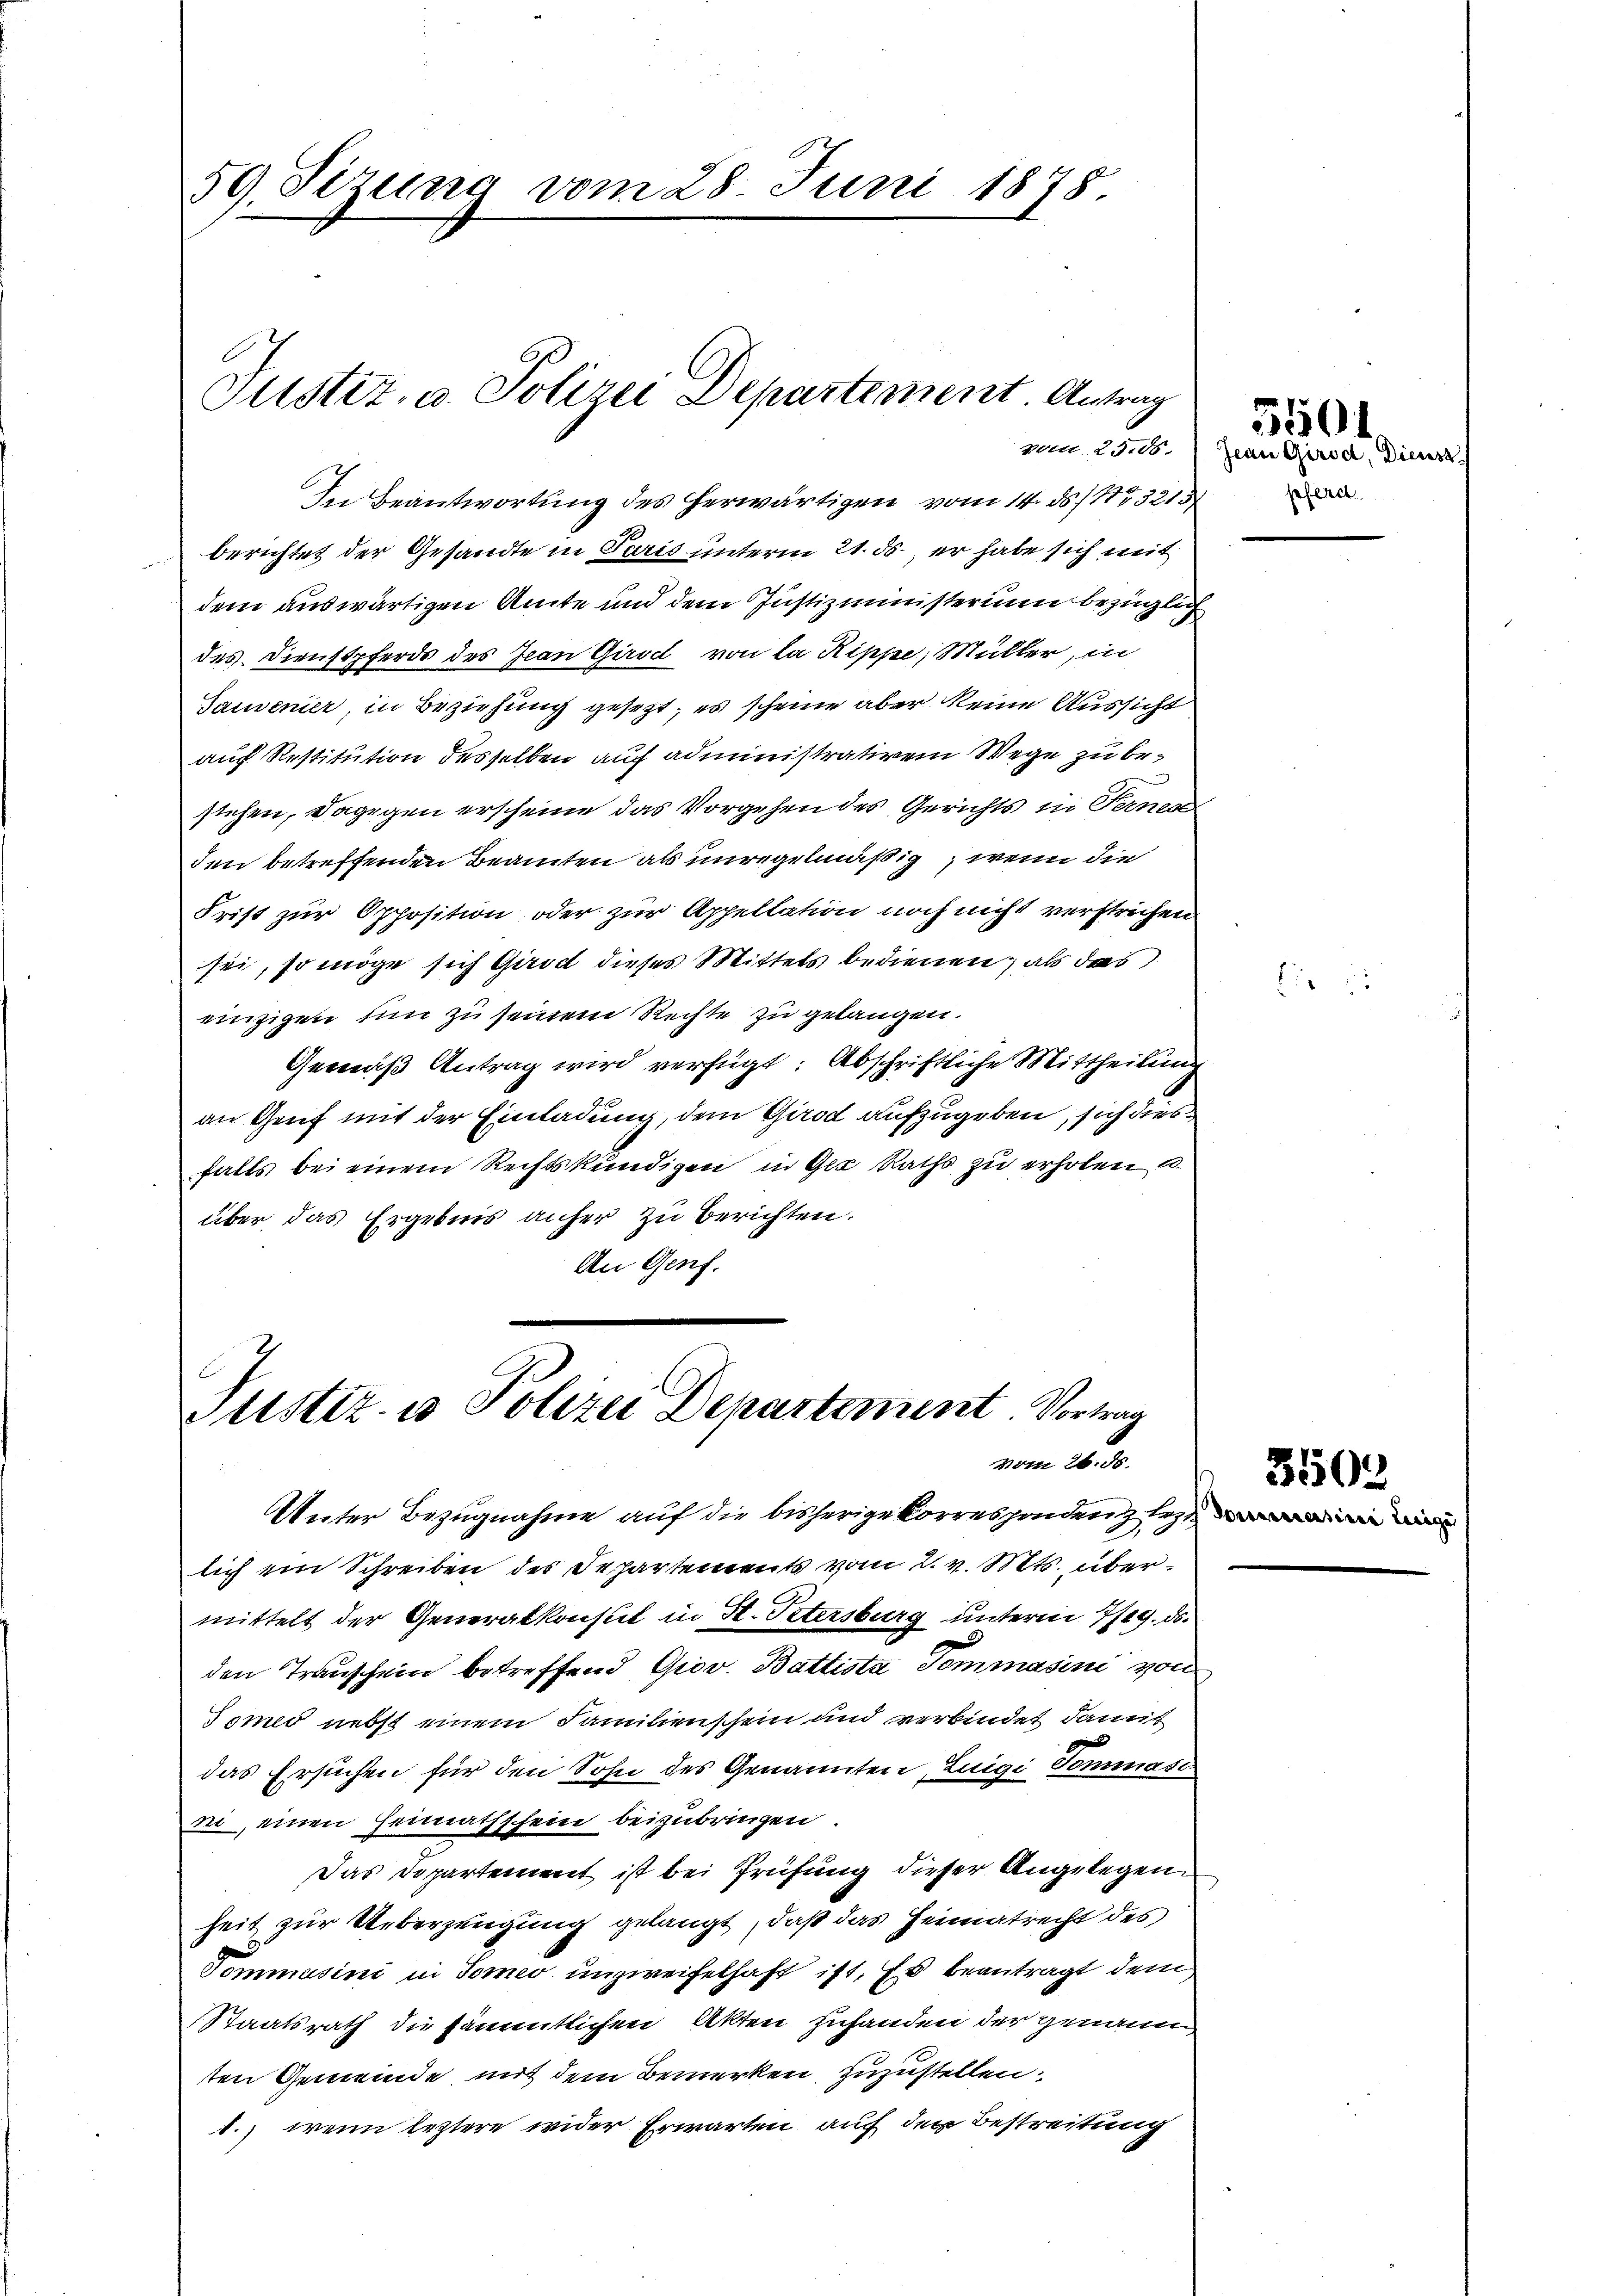
59. Sezung vom 28. Juni 1878.

In Beantwortung des herwärtigen vom 14. ds. . 13215
berichtet der Gesandte in Paris unterm 21. ds., er habe sich mit
dem auswärtigen Amte und dem Justizministerium bezüglich
des Dienstpferds des Jean Girod, von la Rippe, Müller, in
Tauvenier, in Beziehung gesezt, es scheine aber keine Aussicht
auf Restitution desselben auf administrativem Wege zu bestehen, dagegen erscheine das Vorgehen des Gerichts in Fernen
den betreffenden Beamten als unregelmäßig, wenn die
Frist zur Opposition oder zur Appellation noch nicht verstrichen
sei, so möge sich Girod dieses Mittels bedienen; als das
einzigen hin zu seinem Rechte zu gelangen.
Gemäß Antrag wird verfügt: Abschriftliche Mittheilung
an Genf mit der Einladung, dem Girod aufzugeben, sich dies
falls bei einem Rechtskundigen in Gle Raths zu erholen u.
über das Ergebnis anher zu berichten.
An Genf.

Justiz- u Polizei Departement Vortrag
vom 20. d.
Unter Bezugnahme auf die bisherige Korrespondern legt

vom 25. 88.

Justiz, u. Polizei Departement. Antrag

lich ein Schreiben des Departements vom 2. v. Mts. übermittelt der Generalkonsul in H. Petersburg unterm 7/19. ds.
den Transchein betreffend Giov. Battista Tommasini von
mmes nebst einem Familienschein und verbindet damit
das Ersuchen für den Sohn des Genannten, Luigi Tommasi
ni, einen Heimathschein beizubringen
Das Departement ist bei Prüfung dieser Angelegenheit zur Ueberzeugung gelangt, daß das Heimatrecht des
Gommasini in Tomo unzweifelhaft ist. Es beantragt dem
Staatsrath die sämmtlichen Akten Zuhanden der genann
ten Gemeinde mit dem Bemerken zuzustellen.
1.) wenn leztere wider Erwarten auf den Bestreitung

Jean Girod, Dienst
pferet

5501

E

3503